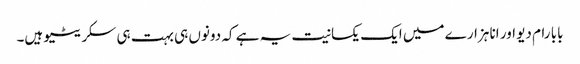
بابا رام دیو اور انا ہزارے میں ایک یکسانیت یہ ہے کہ دونوں ہی بہت ہی سکریٹیو ہیں۔